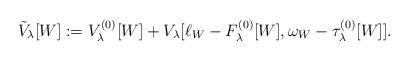
LaTeX: \begin{align*} \tilde{V}_{\lambda}[W] := V^{(0)}_{\lambda}[W] + V_{\lambda}[\ell_{W}-F_{\lambda}^{(0)}[W] ,\omega_{W} - \tau_{\lambda}^{(0)}[W]].\end{align*}